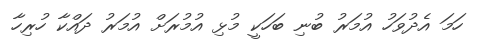
ހަމަ އެދުވަހު އުމަރު ބުނި ބަހަކީ މުޅި އުމުރަށް އުމަރު ދައްކާ ހުރިހާ